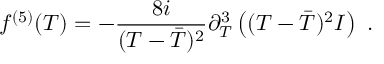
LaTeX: f ^ { ( 5 ) } ( T ) = - \frac { 8 i } { ( T - \bar { T } ) ^ { 2 } } \partial _ { T } ^ { 3 } \left( ( T - \bar { T } ) ^ { 2 } { \cal I } \right) \ .